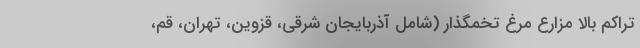
تراکم بالا مزارع مرغ تخمگذار (شامل آذربایجان شرقی، قزوین، تهران، قم،